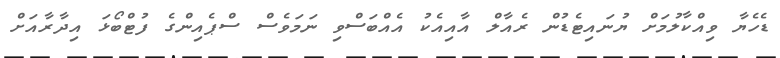
ޑެހެޔާ ވިއްކާލުމަށް ޔުނައިޓެޑުން ރެއާލް އާއިއެކު އެއްބަސްވި ނަމަވެސް ސްޕެއިންގެ ފުޓްބޯޅަ އިދާރާއަށް